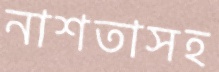
নাশতাসহ